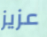
عزيز